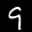
Label: 9